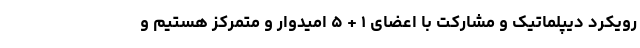
رویکرد دیپلماتیک و مشارکت با اعضای ۱ + ۵ امیدوار و متمرکز هستیم و